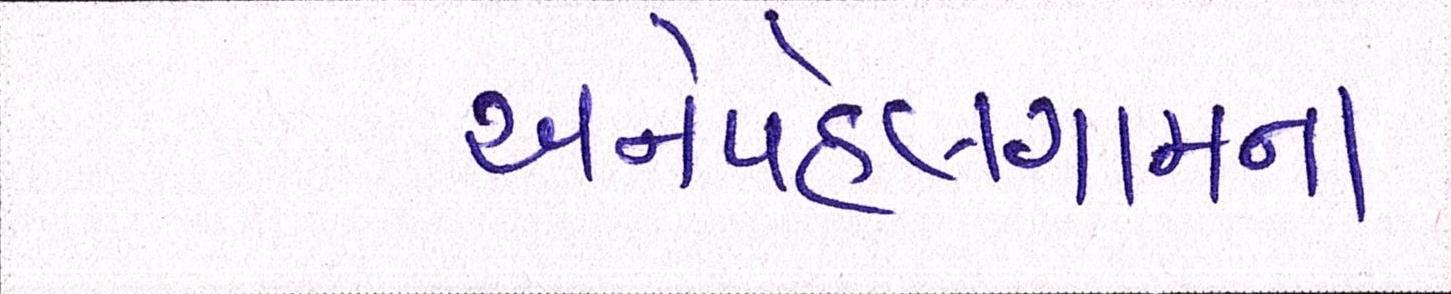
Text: અનેપહેલગામના